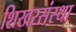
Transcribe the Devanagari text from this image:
शिखरसंस्था